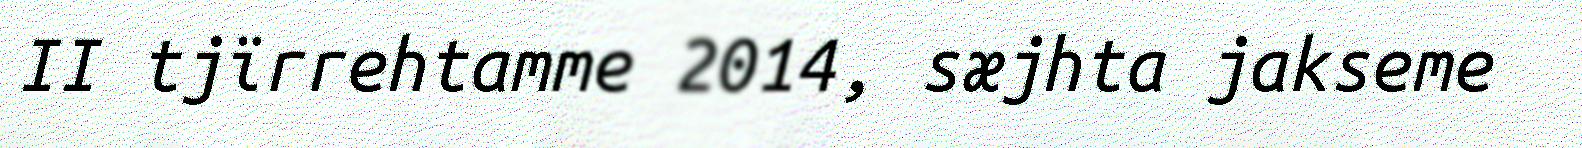
II tjïrrehtamme 2014, sæjhta jakseme